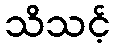
သိသင့်